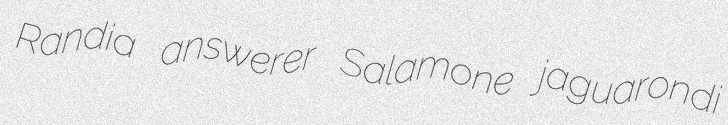
Randia answerer Salamone jaguarondi